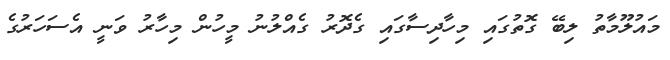
މައުލޫމާތު ލިބޭ ގޮތުގައި މިހާދިސާގައި ގެދޮރު ގެއްލުނު މީހުން މިހާރު ވަނީ އެސަހަރުގެ